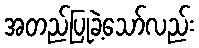
အတည်ပြုခဲ့သော်လည်း